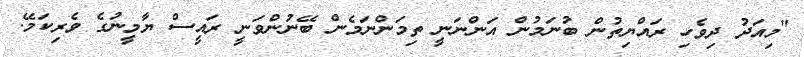
"މިއަދު ދިވެހި ރައްޔިތުން ބުނަމުން އަންނަނީ ތިމަންނަމެން ބޭނުންވަނީ ރައީސް ޔާމީނުގެ ވެރިކަމޭ.